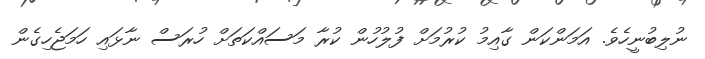
ނުލިބުނީހެވެ. އަމަންކަން ގާއިމު ކުރުމަށް ފުލުހުން ކުރާ މަސައްކަތަށް ހުރަސް ނާޅައި ހަމަޖެހިގެން